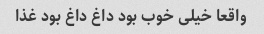
واقعا خیلی خوب بود داغ داغ بود غذا